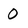
Character: 0